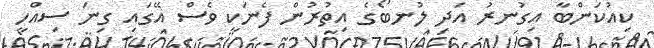
ކިއުކަންބާ އިގުނރު އަދި ލުނބޯގެ އިތުރުން ފެނަކީ ވެސް އޭގައި ގިނަ ސިއްހީ